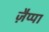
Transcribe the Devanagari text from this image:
ज़ैप्पा